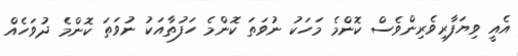
އެއީ ވިޔަފާރިވެރިންވެސް ކޮންމެ މަހަކު ނުވަތަ ކޮންމެ ހަފުތާއަކު ނުވަތަ ކޮންމެ ދުވަހެއް